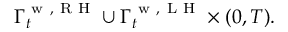
\Gamma _ { t } ^ { \mathrm { ~ w ~ , ~ R ~ H ~ } } \cup \Gamma _ { t } ^ { \mathrm { ~ w ~ , ~ L ~ H ~ } } \times ( 0 , T ) .